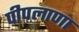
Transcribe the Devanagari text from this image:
पीपलाणा